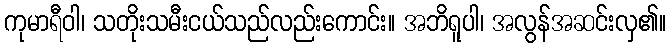
ကုမာရီဝါ၊ သတိုးသမီးငယ်သည်လည်းကောင်း။ အဘိရူပါ၊ အလွန်အဆင်းလှ၏။